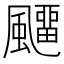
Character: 飅